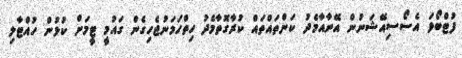
ފުޓްބޯޅަ އެސޯސިއޭޝަނުން އޭނާއާމެދު ކަންތައްތައް ކުރާގޮތާމެދު ހިތްހަމަނުޖެހިގެން ގައުމީ ޓީމަށް ކުޅުން ހުއްޓާލި